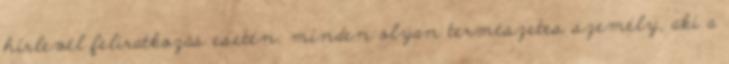
hírlevél feliratkozás esetén: minden olyan természetes személy, aki a